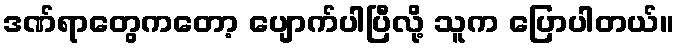
ဒဏ်ရာတွေကတော့ ပျောက်ပါပြီလို့ သူက ပြောပါတယ်။